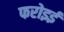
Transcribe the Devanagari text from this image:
फरोइई